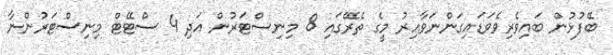
ބޭފުޅުން ބައިވެރިވެވަޑައިގަންނަވާއިރު މީގެ ތެރޭގައި 8 މިނިސްޓަރުން އަދި 4 ސްޓޭޓް މިނިސްޓަރުންނާ